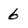
Character: 6